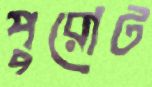
পুরোট